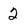
Character: 2